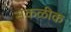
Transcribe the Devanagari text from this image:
सकळीक